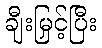
ချီးမြှင့်ပြီး